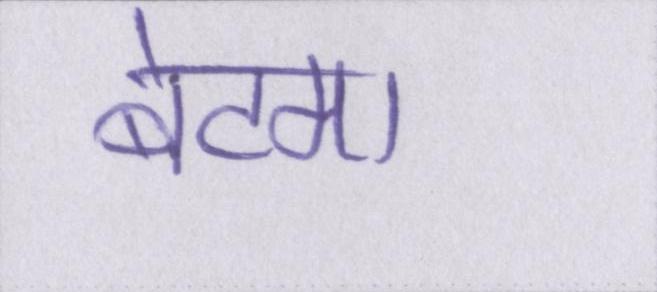
बेटमा